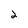
Character: 2